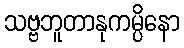
သဗ္ဗဘူတာနုကမ္ပိနော